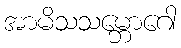
အာမိသသမ္ဘောဂေါ